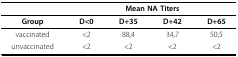
|  | <COLSPAN=4> Mean NA Titers |
 | --- | --- | --- | --- | --- |
 | Group | D<0 | D+35 | D+42 | D+65 |
 | vaccinated | <2 | 88,4 | 34,7 | 50,5 |
 | unvaccinated | <2 | <2 | <2 | <2 |